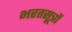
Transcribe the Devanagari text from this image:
भरतसूत्रों